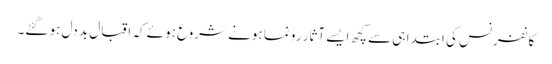
کانفرنس کی ابتدا ہی سے کچھ ایسے آثار رونما ہونے شروع ہوئے کہ اقبال بد دل ہو گئے۔